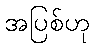
အပြစ်ဟု